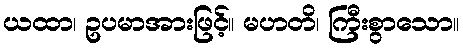
ယထာ၊ ဥပမာအားဖြင့်။ မဟတိ၊ ကြီးစွာသော။